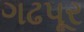
ગઢપૂર